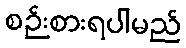
စဉ်းစားရပါမည်